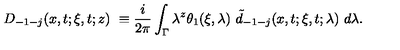
D _ { - 1 - j } ( x , t ; \xi , t ; z ) \ \equiv \frac i { 2 \pi } \int _ { \Gamma } \lambda ^ { z } \theta _ { 1 } ( \xi , \lambda ) \ \tilde { d } _ { - 1 - j } ( x , t ; \xi , t ; \lambda ) \ d \lambda .